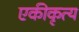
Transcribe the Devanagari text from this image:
एकीकृत्य